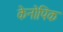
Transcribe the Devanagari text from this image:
केनोपिक